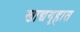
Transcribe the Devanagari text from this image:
खाद्यगृहात